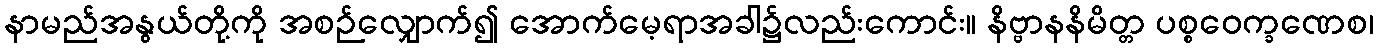
နာမည်အနွယ်တို့ကို အစဉ်လျှောက်၍ အောက်မေ့ရာအခါ၌လည်းကောင်း။ နိဗ္ဗာနနိမိတ္တ ပစ္စဝေက္ခဏေစ၊